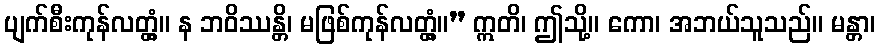
ပျက်စီးကုန်လတ္တံ့။ န ဘဝိဿန္တိ၊ မဖြစ်ကုန်လတ္တံ့။” ဣတိ၊ ဤသို့။ ကော၊ အဘယ်သူသည်။ မန္တာ၊